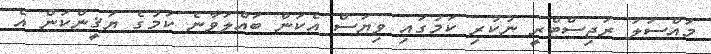
މައްސަލަ ރަޖިސްޓްރީ ނުކުރި ކަމުގައި ވިޔަސް އެކަން ބައްލަވާނެ ކަމުގެ ޔަޤީންކަން އެ